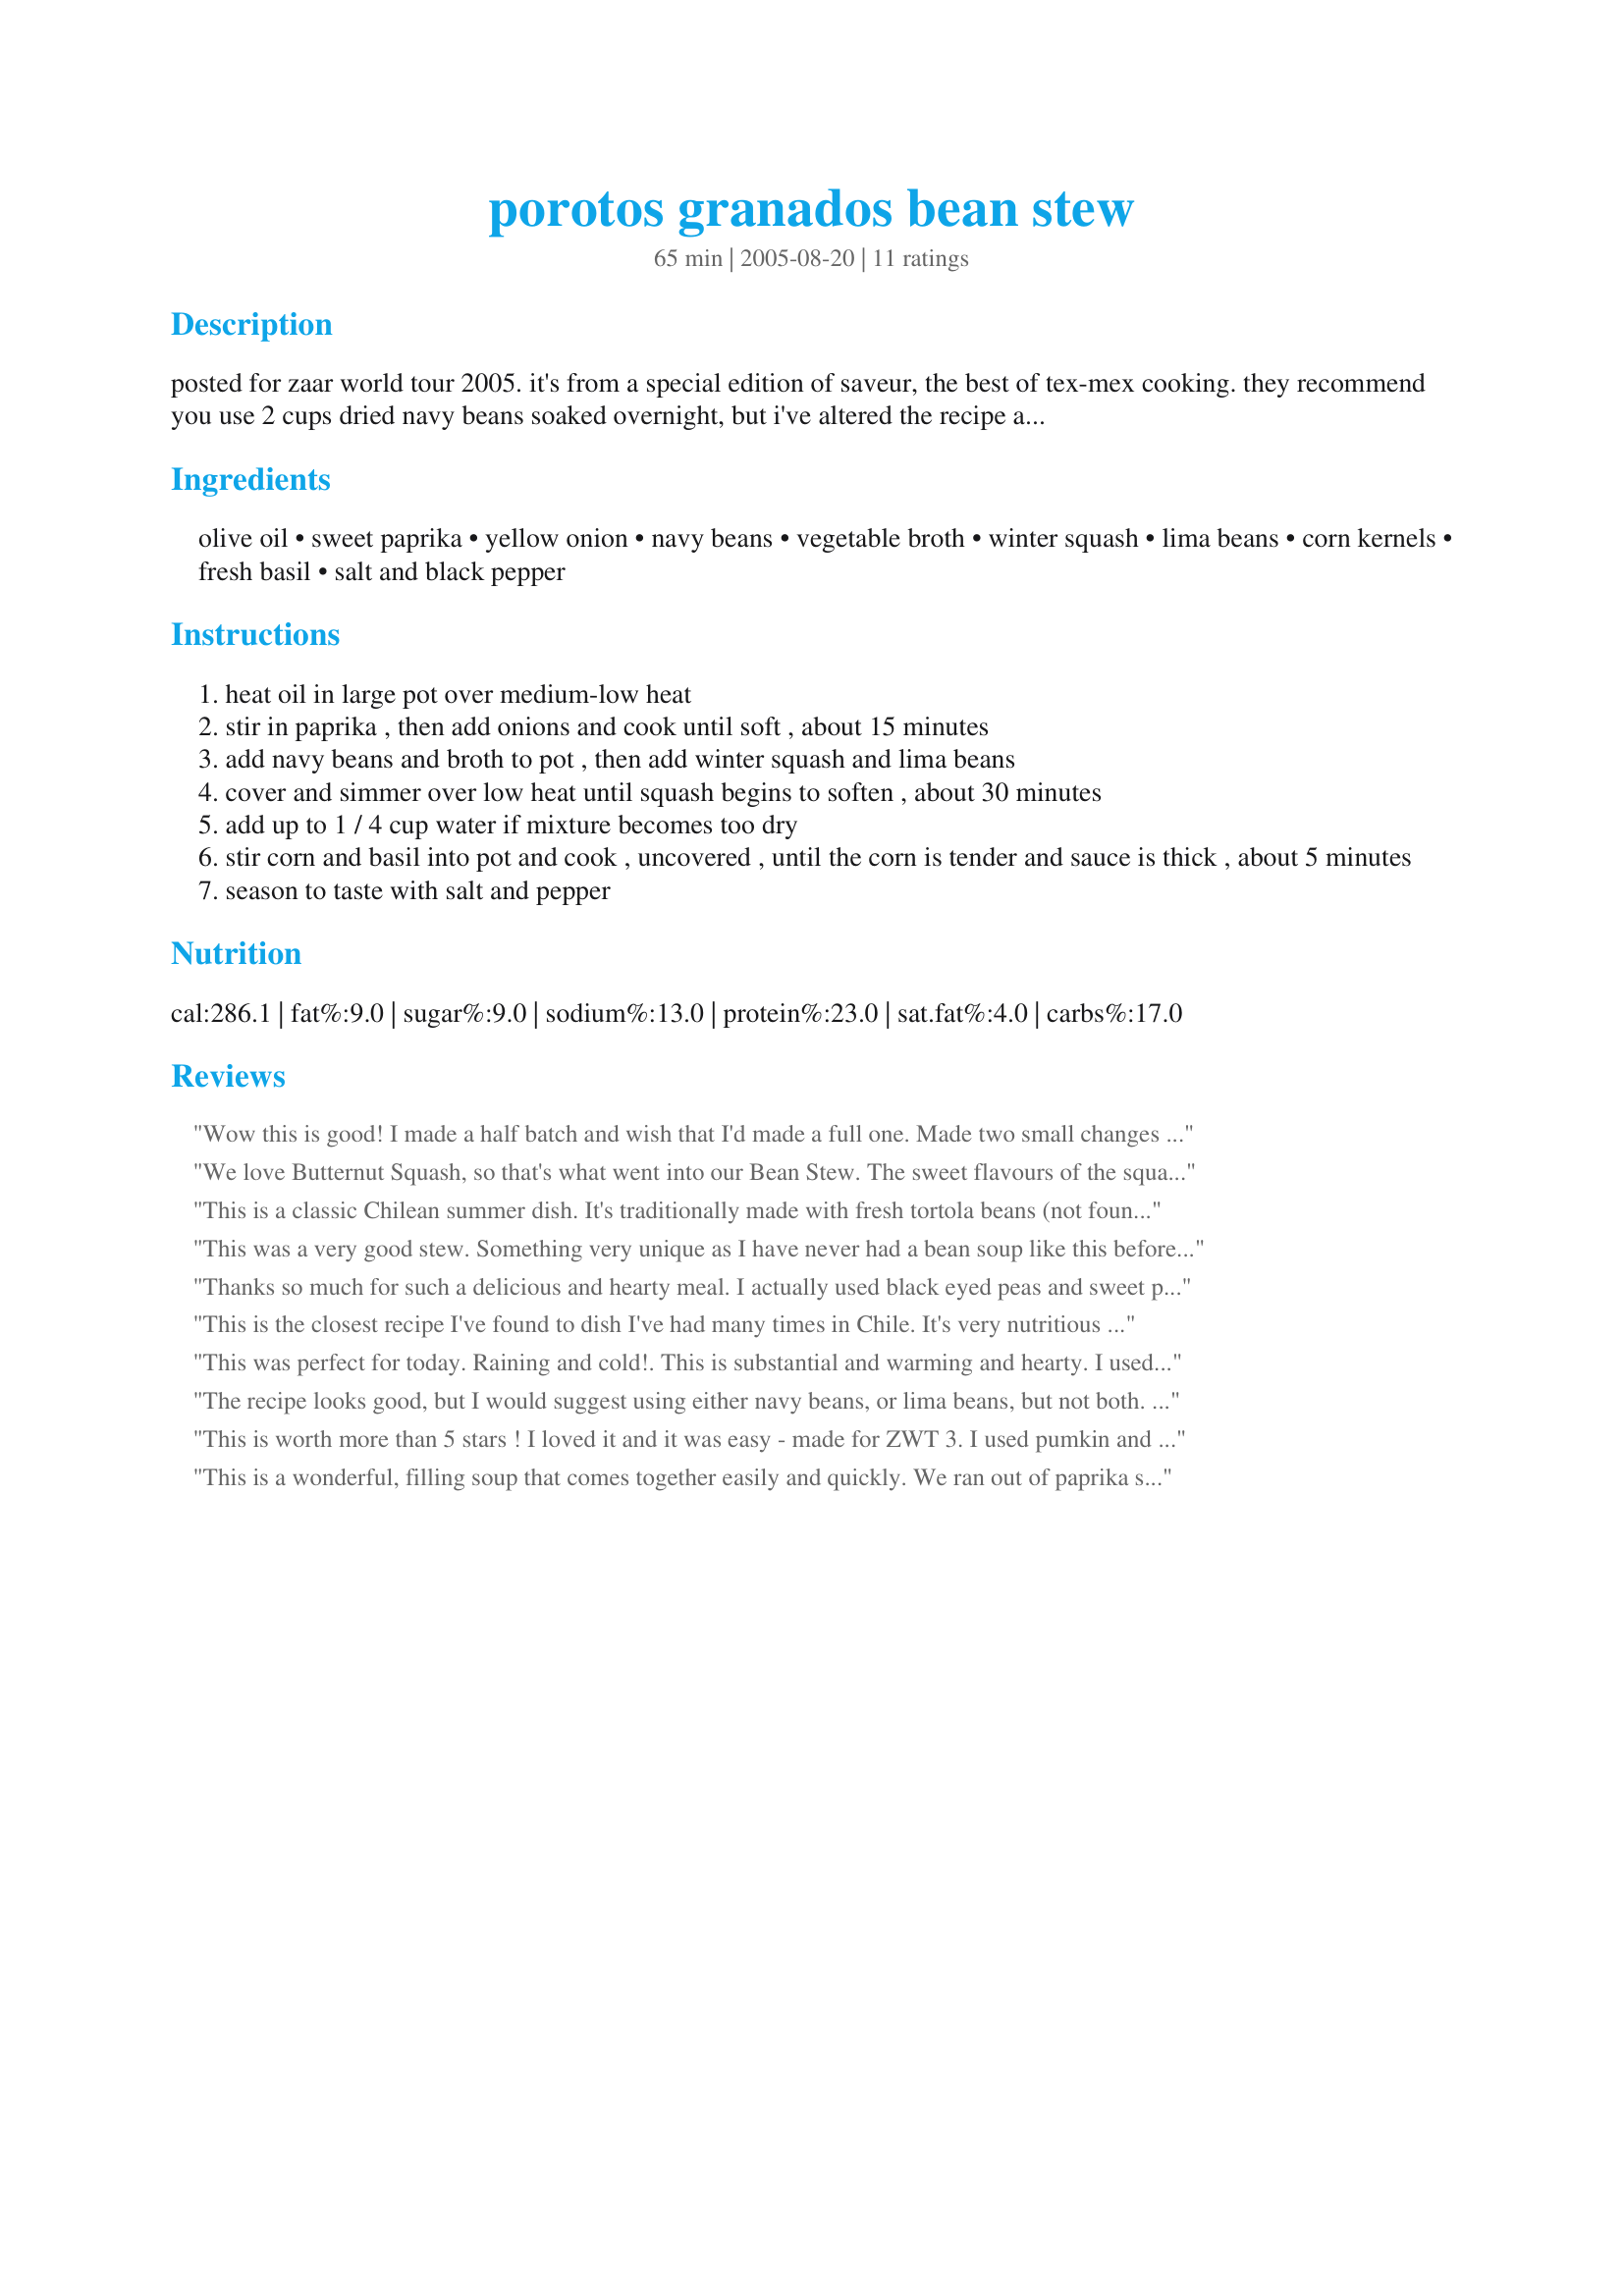
porotos granados bean stew
Preparation time: 65 minutes

posted for zaar world tour 2005. it's from a special edition of saveur, the best of tex-mex cooking. they recommend you use 2 cups dried navy beans soaked overnight, but i've altered the recipe and cooking time for canned. i also halved the amount of oil. when i tried this it made a rather soupy stew; if you prefer your stews drier, i suggest cutting back on the broth, and add more if it gets too dry.

Ingredients:
olive oil, sweet paprika, yellow onion, navy beans, vegetable broth, winter squash, lima beans, corn kernels, fresh basil, salt and black pepper

Steps:
heat oil in large pot over medium-low heat
stir in paprika , then add onions and cook until soft , about 15 minutes
add navy beans and broth to pot , then add winter squash and lima beans
cover and simmer over low heat until squash begins to soften , about 30 minutes
add up to 1 / 4 cup water if mixture becomes too dry
stir corn and basil into pot and cook , uncovered , until the corn is tender and sauce is thick , about 5 minutes
season to taste with salt and pepper

Reviews:
Wow this is good! I made a half batch and wish that I'd made a full one. Made two small changes to the recipe. First, I tossed in a full can of beans (twice what was indicated). Second, I added a half a Poblano chile in with the onions. The chile was a nice contrast to the sweetness of the corn and butternut squash but unnecessary as the other flavors were so good. Used frozen baby lima beans and fresh corn. I would definitely suggest starting with 4 cups of broth as the liquid takes on a great flavor. And get some bread to mop the liquid up, you won't want to waste a drop. Aside from taste, this dish is also beautiful with the greens, oranges and yellows. This will be one of the highlights of this leg of the World Tour. Thanks Kumquat.
We love Butternut Squash, so that's what went into our Bean Stew. The sweet flavours of the squash and corn are made for each other together, and in this dish were well complemented by the paprika (I used smoked paprika). Thanks for a lovely recipe, Kumquat.
This is a classic Chilean summer dish. It's traditionally made with fresh tortola beans (not found in the US) but lima, pinto or canolli beans could be good substitutes. The Chilean squash is also different, with a deep orange, almost red color and very sweet and flavorful. <br/><br/>One thing that's missing from the original recipe is French-cut green beans. They add a lot of flavor and complement the corn very well. Another addition that my family also uses a lot (I'm Chilean) is basil. Other variations include additional large quartered onions cooked in whole chunks along with the beans, providing a good texture and additional onion flavor.
This was a very good stew. Something very unique as I have never had a bean soup like this before. The corn was replaced with frozen as I didn't have fresh and I used lima beans only as that was all I had. I also added garlic as well. It is a keeper and I will make this again. It was fully worthy of 5 stars.
Thanks so much for such a delicious and hearty meal. I actually used black eyed peas and sweet potato instead of navy beans and squash. I also added 2 cloves of garlic since we love garlic. I think the next time I'll also add a serrano to this for just a little bite. I'm delighted to find a hearty bean recipe that tastes so different than usual:-)
This is the closest recipe I've found to dish I've had many times in Chile. It's very nutritious and hearty, not to mention delicious. It's very easy to make and a nice dish to make for a crowd because it's unique and inexpensive. I take issue with suggesting using only one type of bean because it's traditional to use both. The navy bean and the squash turn into a lovely puree that enrobes the lima beans and corn. Overall it's a great recipe.
This was perfect for today. Raining and cold!. This is substantial and warming and hearty. I used a Sweet Dumpling squash and Romano beans (I had 1/2 a tin left from something else) and sweet Hungarian paprika. The flavor is deep and satisfying. This is not a difficult recipe at all but I did add some liquid. I made some corn bread (not sweet!) and put a square in the bowl first and covered it with soup. 5 star's from me. Delicious!
The recipe looks good, but I would suggest using either navy beans, or lima beans, but not both. Chile is NOT Mexico, it's about 7,000 MILES AWAY from Mexico, and their cuisines are nothing alike. You might want to consider re-categorizing your recipe.
This is worth more than 5 stars ! I loved it and it was easy - made for ZWT 3. I used pumkin and as we do not have canned navy beans here in Australia I used butter beans and cannelini beans and lots of basil and the result was fantastic . I served it with couscous -so thank you Kumquat.
This is a wonderful, filling soup that comes together easily and quickly. We ran out of paprika so skipped that; the broth, salt, pepper, and onions added plenty of flavor on their own. When putting in the corn, we added some cooked leftover quinoa, and that added some nice bulk.
Soooooo yummy!! I have made this twice already in 2 weeks. I used canned white beans since they store ran out of navy beans, and also added yucca and yellow sqaush to add variety. I love the sweetness the butternut squash adds.. mmm mmm.. this is so tasty, I'm having it again for leftovers for lunch today! Thank you!
